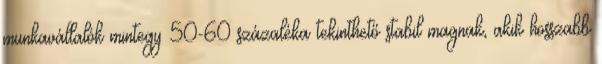
munkavállalók mintegy 50-60 százaléka tekinthető stabil magnak, akik hosszabb